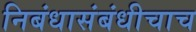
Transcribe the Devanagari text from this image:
निबंधासंबंधीचाच